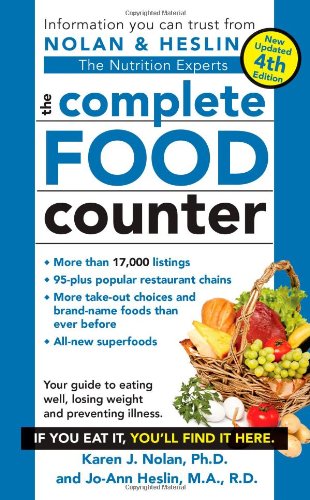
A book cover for The Complete Food Counter, 4th Edition; Jo-Ann Heslin M.A.  R.D.  CDN; Health, Fitness & Dieting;